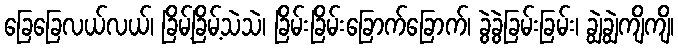
ခြေခြေလယ်လယ်၊ ခြိမ့်ခြိမ့်သဲသဲ၊ ခြိမ်းခြိမ်းခြောက်ခြောက်၊ ခွဲခွဲခြမ်းခြမ်း၊ ချွဲချွဲကျိကျိ၊